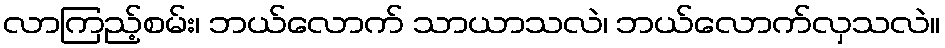
လာကြည့်စမ်း၊ ဘယ်လောက် သာယာသလဲ၊ ဘယ်လောက်လှသလဲ။